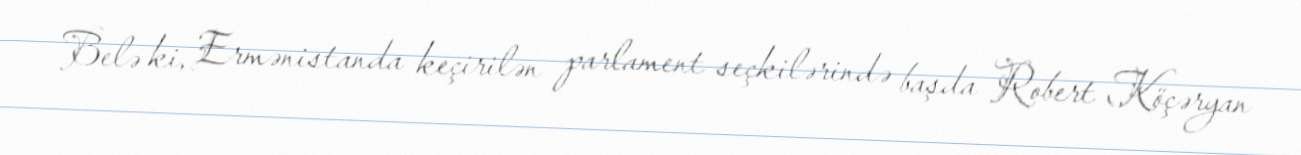
Belə ki, Ermənistanda keçirilən parlament seçkilərində başda Robert Köçəryan